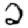
Digit: 2